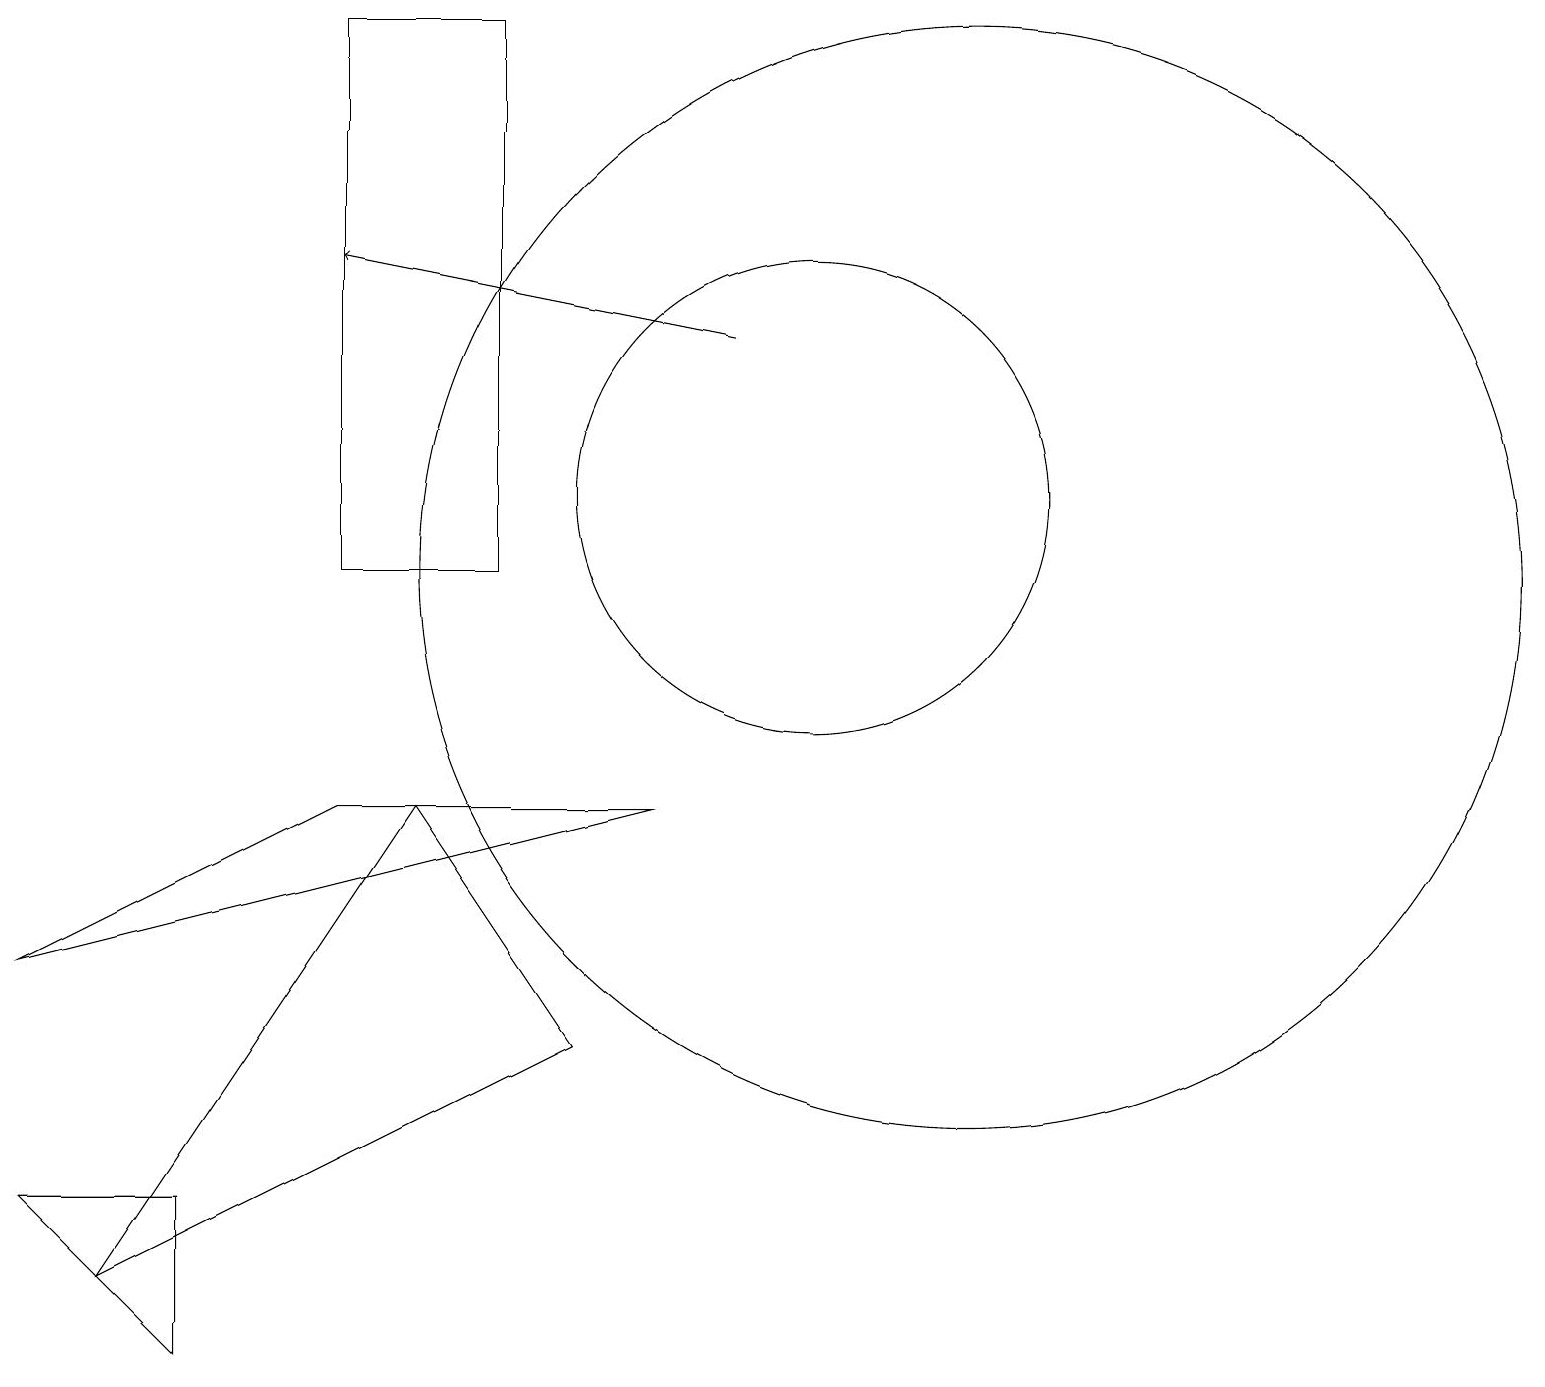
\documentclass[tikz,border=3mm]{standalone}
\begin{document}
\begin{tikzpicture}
\draw (12,10) circle (7);
\draw (6,17) rectangle (4,10);
\draw (1,1) -- (5,7) -- (7,4) -- cycle;
\draw (10,11) circle (3);
\draw[->] (9,13) -- (4,14);
\draw (8,7) -- (0,5) -- (4,7) -- cycle;
\draw (0,2) -- (2,0) -- (2,2) -- cycle;
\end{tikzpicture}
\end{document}